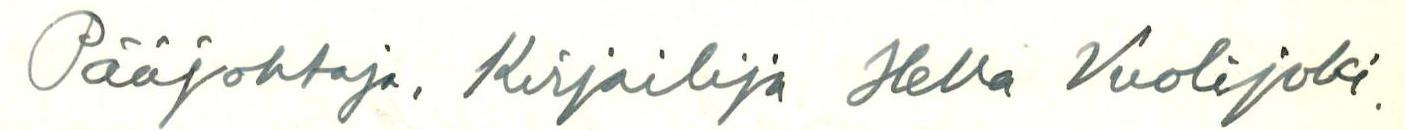
Pääjohtaja, Kirjailija Hella Vuolijoki.